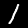
Digit: 1